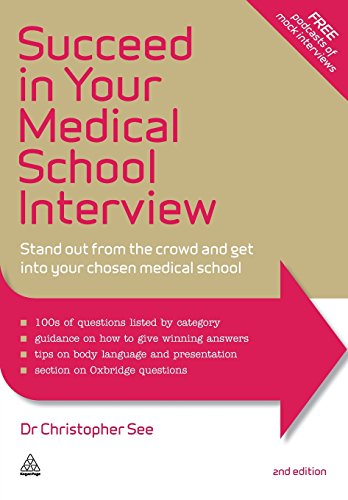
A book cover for Succeed in Your Medical School Interview: Stand Out from the Crowd and Get into Your Chosen Medical School; Christopher See; Education & Teaching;